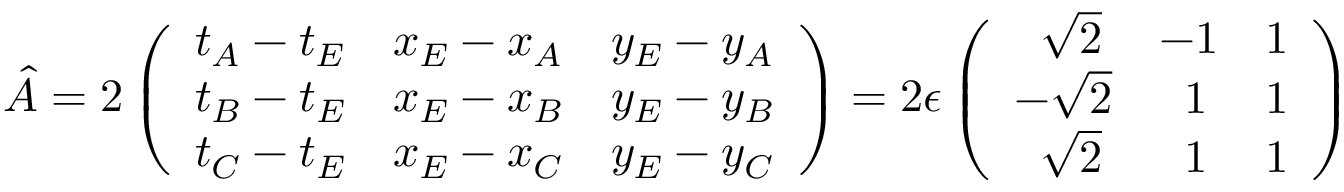
\hat { A } = 2 \left( \begin{array} { l l l } { t _ { A } - t _ { E } } & { x _ { E } - x _ { A } } & { y _ { E } - y _ { A } } \\ { t _ { B } - t _ { E } } & { x _ { E } - x _ { B } } & { y _ { E } - y _ { B } } \\ { t _ { C } - t _ { E } } & { x _ { E } - x _ { C } } & { y _ { E } - y _ { C } } \end{array} \right) = 2 \epsilon \left( \begin{array} { l l l } { \; \; \sqrt 2 } & { - 1 } & { 1 } \\ { - \sqrt 2 } & { \; \; 1 } & { 1 } \\ { \; \; \sqrt 2 } & { \; \; 1 } & { 1 } \end{array} \right)